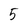
Character: 5